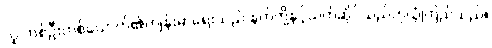
လူ တစ်ဦးတစ်ယောက်၏ကျန်းမာရေးသည် နတ်တို့နှင့်သက်ဆိုင်သည်ဟုယုံကြည်သည်။